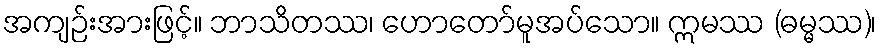
အကျဉ်းအားဖြင့်။ ဘာသိတဿ၊ ဟောတော်မူအပ်သော။ ဣမဿ (ဓမ္မဿ)၊